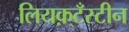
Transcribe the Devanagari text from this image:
लियक़्टँस्टीन